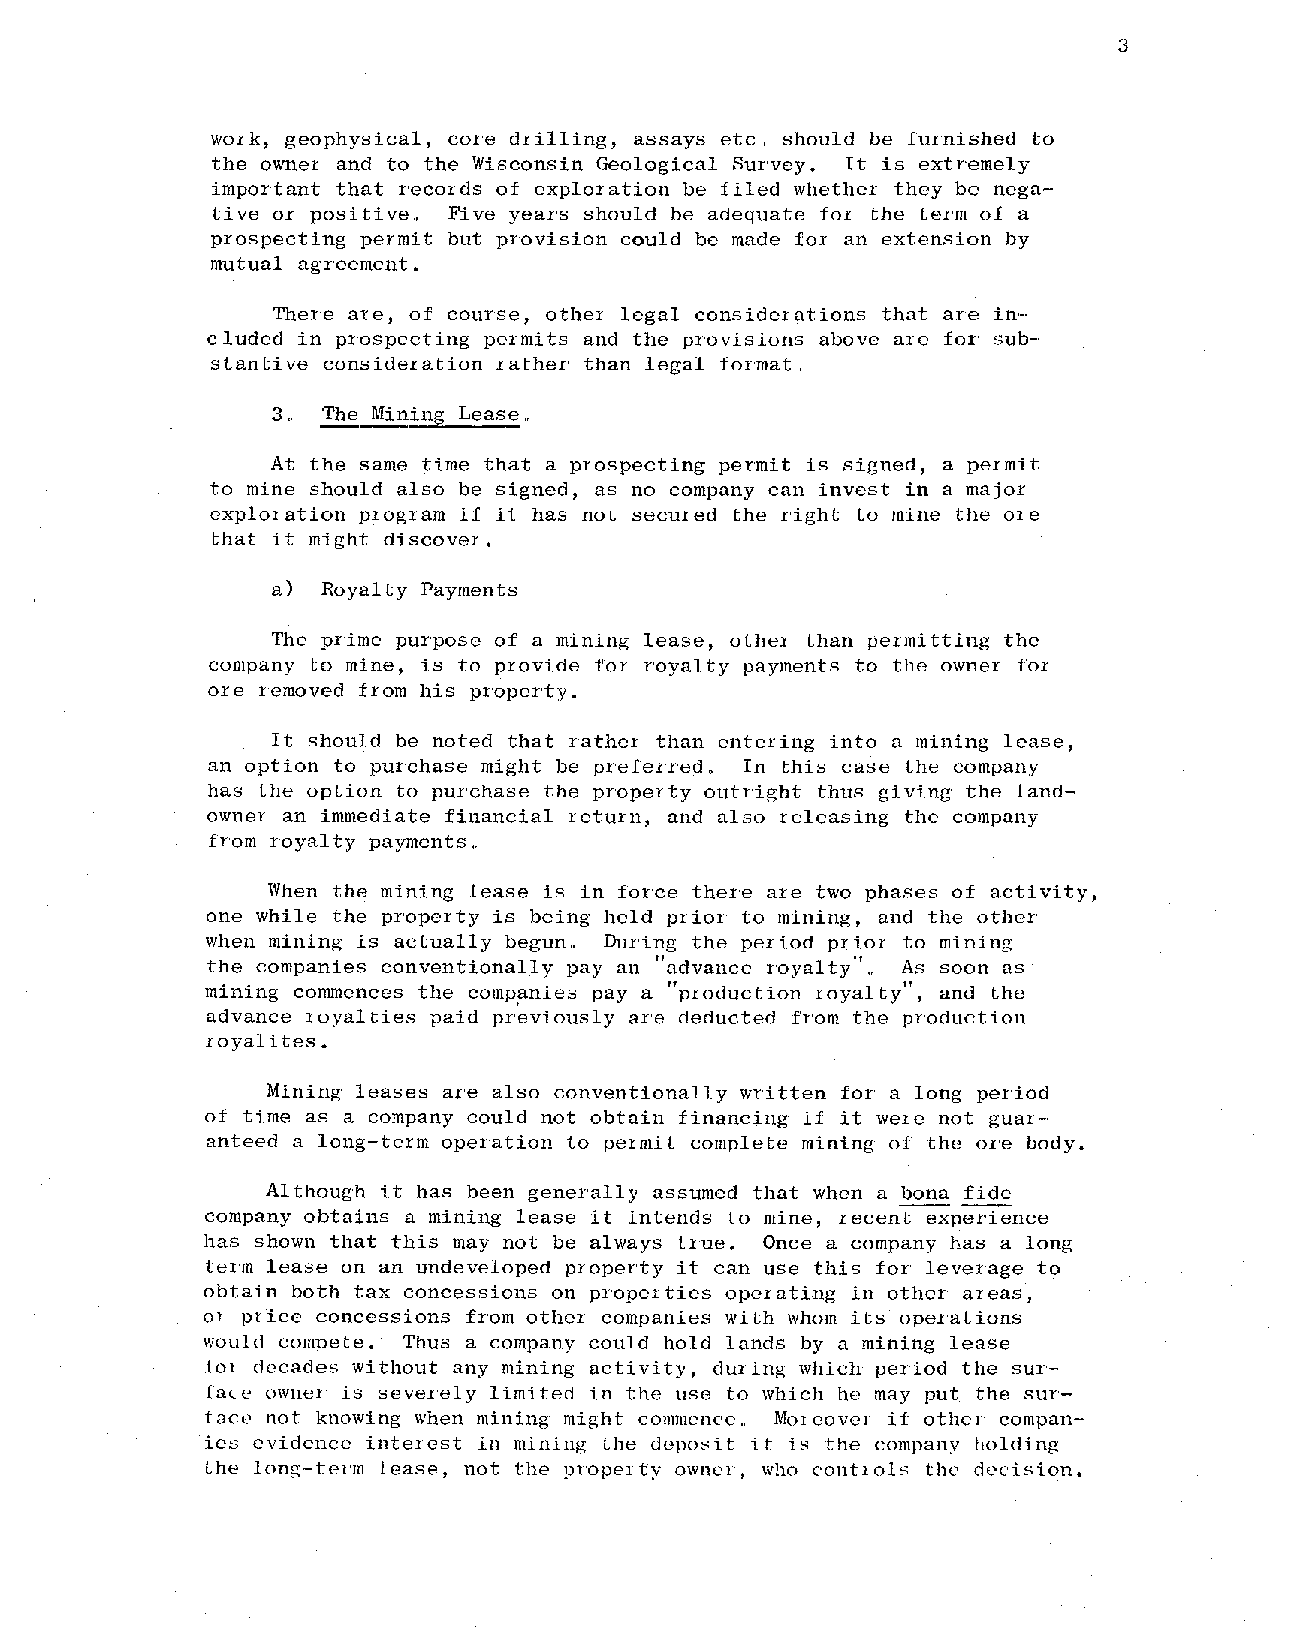
3
 work, geophysical, core drilling, assays etc" should be furnished to
 the owner and to the Wisconsin Geological Survey. It is extremely
 important that records of exploration be filed whether they be nega
 tive or positive.. Five years should be adequate for the term of a
 prospecting permit but provision could be made for an extension by
 mutual agreement.
 There are, of course, other legal considerations that are in·-·
 eluded in prospecting permits and the provisions above ate for sub-·
 stantive consideration rather than legal format"
 3" The Mining Lease"
 At the same time that a prospecting permit is signed, a permit
 to mine should also be signed, as no company can invest in a major
 exploration program if it has not secured the right to mine the are
 that it might discover.
 a) Royalty Payments
 The prime purpose of a mining lease, other than permitting the
 company to mine, is to provide for royalty payments to the owner for
 ore removed from his property.
 It should be noted that rather than entering into a mining lease,
 an option to purchase might be preferred In this case the company
 o
 has the option to purchase the property outright thus giving the land
 owner an immediate financial return, and also releasing the company
 from royalty payments ..
 When the mining lease is in force there are two phases of activity,
 one while the property is being held prior to mining, and the other
 when mining is actually begun" During the period prior to mining
 the companies conventionally pay an "advance royalty"" As soon as
 mining commences the comp~nies pay a "production royalty!!, and the
 advance royalties paid preViously are deducted from the production
 royali tes"
 Mining leases are also conventionally written for a long period
 of time as a company could not obtain financing if it were not guar-·
 anteed a long-term operation to permit complete mining of the ore body.
 Although it has been generally assumed that when a bona fide
 company obtains a mining lease it intends to mine, recent experience
 has shown that this may not be always true. Once a company has a long
 term lease on an undeveloped property it can use this for leverage to
 obtain both tax concessions on properties operating in other areas,
 01 price concessions from other companies with whom its operations
 would compete. Thus a company could hold lands by a mining lease
 1<-)1 dC'cades without any mining activity, dUl'ing which period the sur-'
 face owner is severely limited in the use to which he may put the sur
 fUCL' not knowing when mining' might commence.. Mon~ovel if other compan
 ies evidence interest in mining the deposit it i::-; the company holding
 the long-term lease, not the propel ty OWIH.'l', who contlols thC' decision.